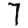
Digit: 7